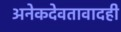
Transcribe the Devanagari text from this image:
अनेकदेवतावादही